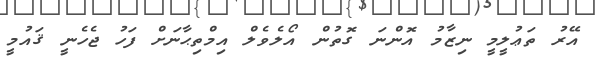
އޭރު ތަޢުލީމީ ނިޒާމު އޮންނަ ގޮތުން އޯލެވެލް އިމްތިޙާނަށް ފަހު ޖެހެނީ ޤައުމީ